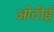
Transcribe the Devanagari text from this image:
ओटीई